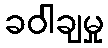
ခဝါချမှု